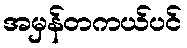
အမှန်တကယ်ပင်